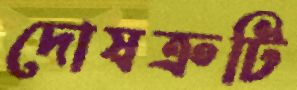
দোষত্রুটি